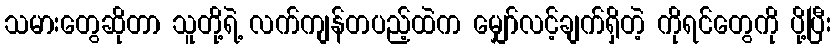
သမားတွေဆိုတာ သူတို့ရဲ့ လက်ကျန်တပည့်ထဲက မျှော်လင့်ချက်ရှိတဲ့ ကိုရင်တွေကို ပို့ပြီး